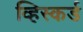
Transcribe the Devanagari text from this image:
व्हिस्कर्ड